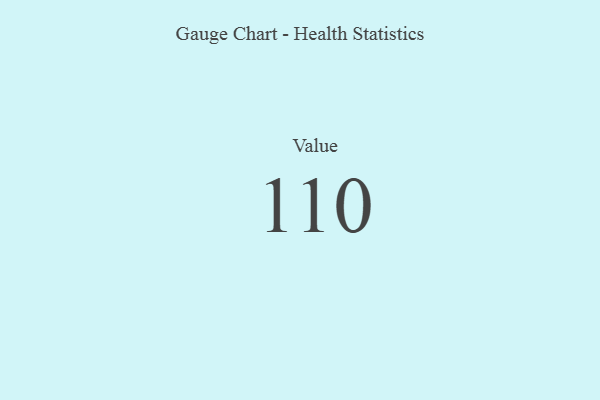
{"axis": {"x": "Metric", "y": "Value"}, "legend": [""], "data": [{"x": "Value", "y": 110, "type": ""}]}